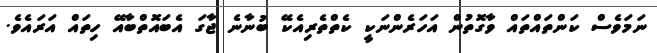
ނަމަވެސް ކަންތައްތައް ވާގޮތުން އަހަރެންނަކީ ކެތްތެރިއެކޭ ބުނާނެ ޖާގަ އެބައޮތްބާއޭ ހިތައް އަރައެވެ.